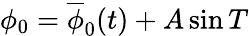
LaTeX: \phi_{0}=\overline{{\phi}}_{0}(t)+A\sin T